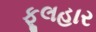
ફૂલહાર